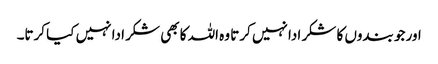
اور جو بندوں کا شکر ادا نہیں کرتا وہ اللہ کا بھی شکر ادا نہیں کیا کرتا۔